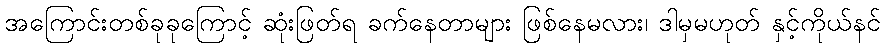
အကြောင်းတစ်ခုခုကြောင့် ဆုံးဖြတ်ရ ခက်နေတာများ ဖြစ်နေမလား၊ ဒါမှမဟုတ် နှင့်ကိုယ်နင်